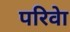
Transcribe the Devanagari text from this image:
परिवेा